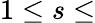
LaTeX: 1\le s\le